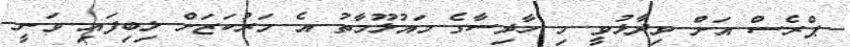
ޕްރެސް އަށް ވިދާޅުވީ މި ހާދިސާގެ މައުލޫމާތު އެ މަރުކަޒަށް ލިބިފައި ވަނީ